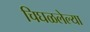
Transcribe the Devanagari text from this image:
चिघळलेल्या